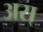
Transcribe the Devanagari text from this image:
अस्‌